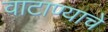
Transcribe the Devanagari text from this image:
वाटाण्याचे